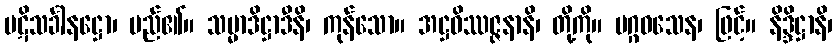
ပဋိသင်္ခါနဋ္ဌော၊ မည်၏။ သမ္မာဒိဋ္ဌာဒီနိ၊ ကုန်သော။ အဋ္ဌဝိဿဇ္ဇနာနိ၊ တို့ကို။ မဂ္ဂဝသေန၊ ဖြင့်။ နိဒ္ဒိဋ္ဌာနိ၊